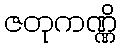
ဇတုကဏ္ဏိ